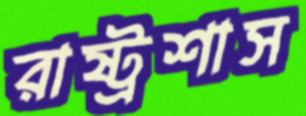
রাষ্ট্রশাস